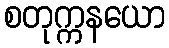
စတုက္ကနယော